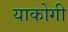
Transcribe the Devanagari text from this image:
याकोगी